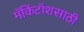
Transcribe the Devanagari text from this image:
मॅकिंटॉशसाठी